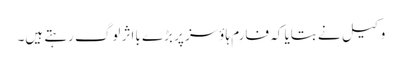
وکیل نے بتایا کہ فارم ہاؤسز پر بڑے بااثر لوگ رہتے ہیں۔